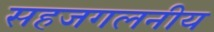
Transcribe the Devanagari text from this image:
सहजगलनीय